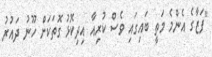
"ފަޒާގެ އެންމެ މަތީ ބައިގައި ވެސް ކުރިއާ އިދިކޮޅު ގޮތަކަށް ހޫނު ދައުރު